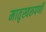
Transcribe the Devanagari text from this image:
मातृस्वरूपणी